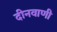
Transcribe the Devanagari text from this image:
दीनवाणी